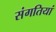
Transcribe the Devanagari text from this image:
संगतियां